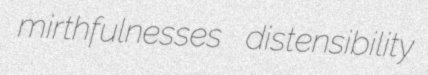
mirthfulnesses distensibility